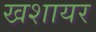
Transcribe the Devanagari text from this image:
खशायर